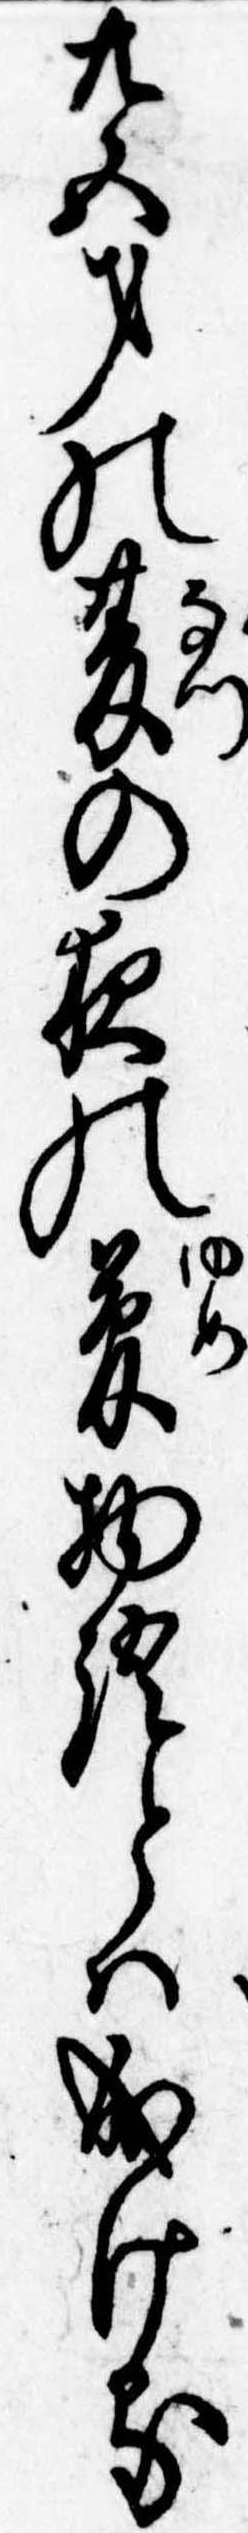
廿五才の夏の夜の夢物語とは成ける